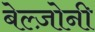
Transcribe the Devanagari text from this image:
बेल्ज़ोनी